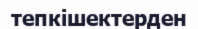
тепкішектерден